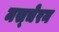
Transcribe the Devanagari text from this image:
मस्चेरन